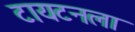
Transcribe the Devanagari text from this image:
टायटनला